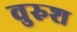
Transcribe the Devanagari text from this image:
वुरुश